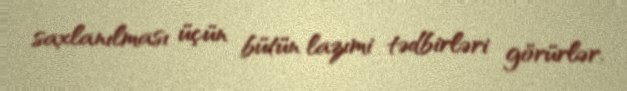
saxlanılması üçün bütün lazımi tədbirləri görürlər.